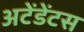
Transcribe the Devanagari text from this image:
अटेंडेंटस